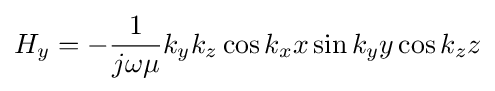
H_{y}=-{\frac {1}{j\omega \mu }}k_{y}k_{z}\cos k_{x}x\sin k_{y}y\cos k_{z}z